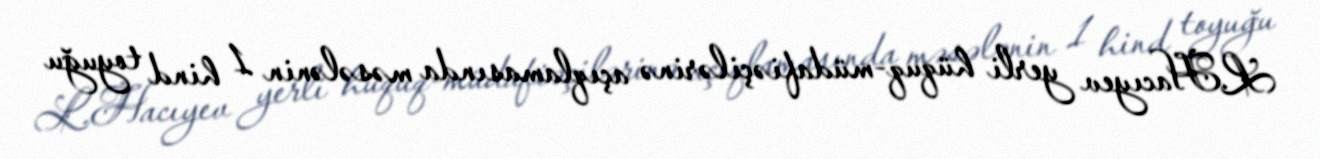
L.Hacıyev yerli hüquq-müdafiəçilərinə açıqlamasında məsələnin 1 hind toyuğu